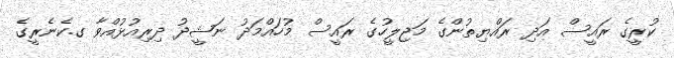
ކުރީގެ ރައީސް އަދި ރައްޔިތުންގެ މަޖިލީހުގެ ރައީސް މުހައްމަދު ނަޝީދު ދިރިއުޅުއްވާ ގ.ކެނެރީގެ